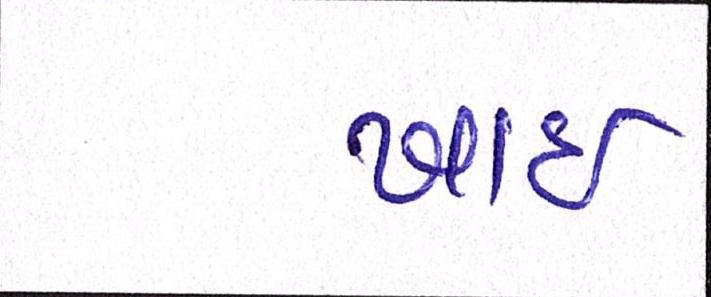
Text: ખાઈ